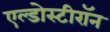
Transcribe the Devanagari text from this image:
एल्डोस्टीरॉन